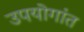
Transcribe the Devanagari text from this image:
उपयोगांत